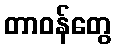
တာဝန်တွေ